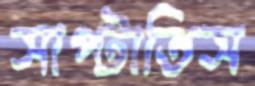
সাপ্‌টাতিস